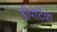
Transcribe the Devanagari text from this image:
डीपोर्टिव्हा